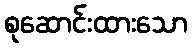
စုဆောင်းထားသော